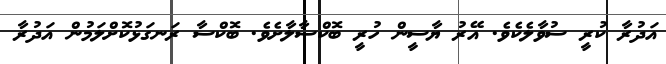
އަދުރާ ކުރީ ސުވާލެކެވެ. އޭރު ޔާސީން ހުރީ ބޮކްސާލާށެވެ. ބޮކްސާ ރަނގަޅުކޮށްލަމުން އަދުރާ